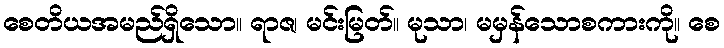
စေတိယအမည်ရှိသော။ ရာဇ၊ မင်းမြတ်။ မုသာ၊ မမှန်သောစကားကို။ စေ